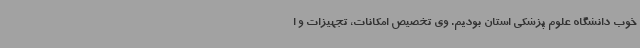
خوب دانشگاه علوم پزشکی استان بودیم. وی تخصیص امکانات، تجهیزات و ا